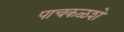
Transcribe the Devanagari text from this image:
पाचकळशे